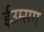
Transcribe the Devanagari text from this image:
ईउम्सग